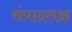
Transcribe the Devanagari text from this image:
संपादलक्ष